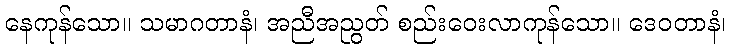
နေကုန်သော။ သမာဂတာနံ၊ အညီအညွတ် စည်းဝေးလာကုန်သော။ ဒေဝတာနံ၊